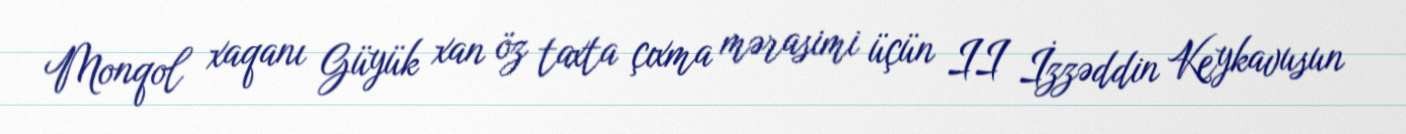
Monqol xaqanı Güyük xan öz taxta çıxma mərasimi üçün II İzzəddin Keykavusun